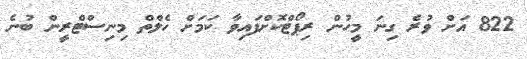
822 އަށް ވުރެ ގިނަ މީހުން ރިޕޯޓްކޮށްފައިވާ ކަމަށް ހެލްތް މިނިސްޓްރީން ބުނެ